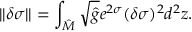
| | \delta \sigma | | = \int _ { \hat { \cal M } } \sqrt { \hat { g } } e ^ { 2 \sigma } ( \delta \sigma ) ^ { 2 } d ^ { 2 } z .